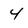
Character: 4